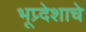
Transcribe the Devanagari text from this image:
भूप्र्देशाचे